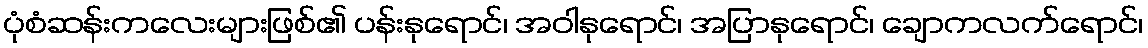
ပုံစံဆန်းကလေးများဖြစ်၏ ပန်းနုရောင်၊ အဝါနုရောင်၊ အပြာနုရောင်၊ ချောကလက်ရောင်၊